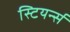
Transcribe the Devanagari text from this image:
स्टियर्न्स